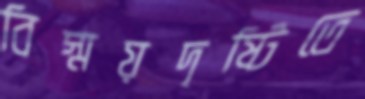
বিস্ময়দৃষ্টিতে